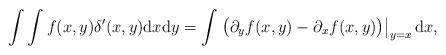
LaTeX: \begin{align*} \int \int f(x,y)\delta'(x,y)\mathrm{d}x\mathrm{d}y = \int \left.\big(\partial_y f(x,y) - \partial_x f(x,y)\big)\right|_{y=x}\mathrm{d}x,\end{align*}